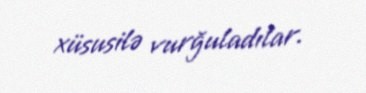
xüsusilə vurğuladılar.